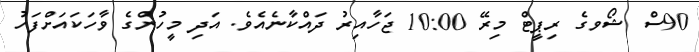
90ސް ޝޯވގެ ރިޕީޓް މިރޭ 10:00 ޖަހާއިރު ދައްކާނެއެވެ. އަދި މީހުންގެ ވާހަކައަށްފަހު